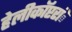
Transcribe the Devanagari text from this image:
हेलीकाॅप्टरांे